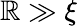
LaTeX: \mathbb{R}\gg\xi